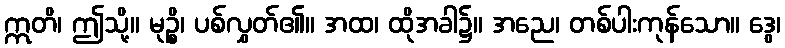
ဣတိ၊ ဤသို့။ မုဉ္စိ၊ ပစ်လွှတ်၏။ အထ၊ ထိုအခါ၌။ အညေ၊ တစ်ပါးကုန်သော။ ဒွေ၊